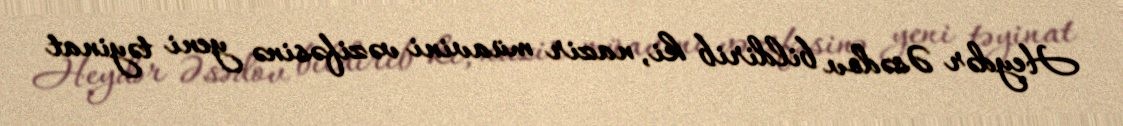
Heydər Əsədov bildirib ki, nazir müavini vəzifəsinə yeni təyinat